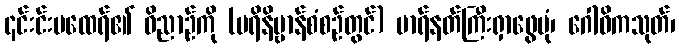
၎င်းင်းမထေရ်၏ ဝိညာဉ်ကို (ပရိနိဗ္ဗာန်စံစဉ်တွင်) မာရ်နတ်ကြီးရှာဖွေပုံ၊ ဂေါဓိကသုတ်၊